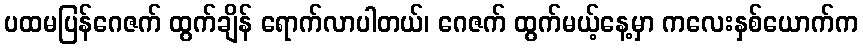
ပထမပြန်ဂေဇက် ထွက်ချိန် ရောက်လာပါတယ်၊ ဂေဇက် ထွက်မယ့်နေ့မှာ ကလေးနှစ်ယောက်က